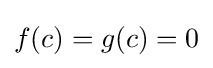
f(c)=g(c)=0